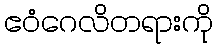
ဧဝံဂေလိတရားကို